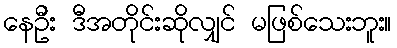
နေဦး ဒီအတိုင်းဆိုလျှင် မဖြစ်သေးဘူး။